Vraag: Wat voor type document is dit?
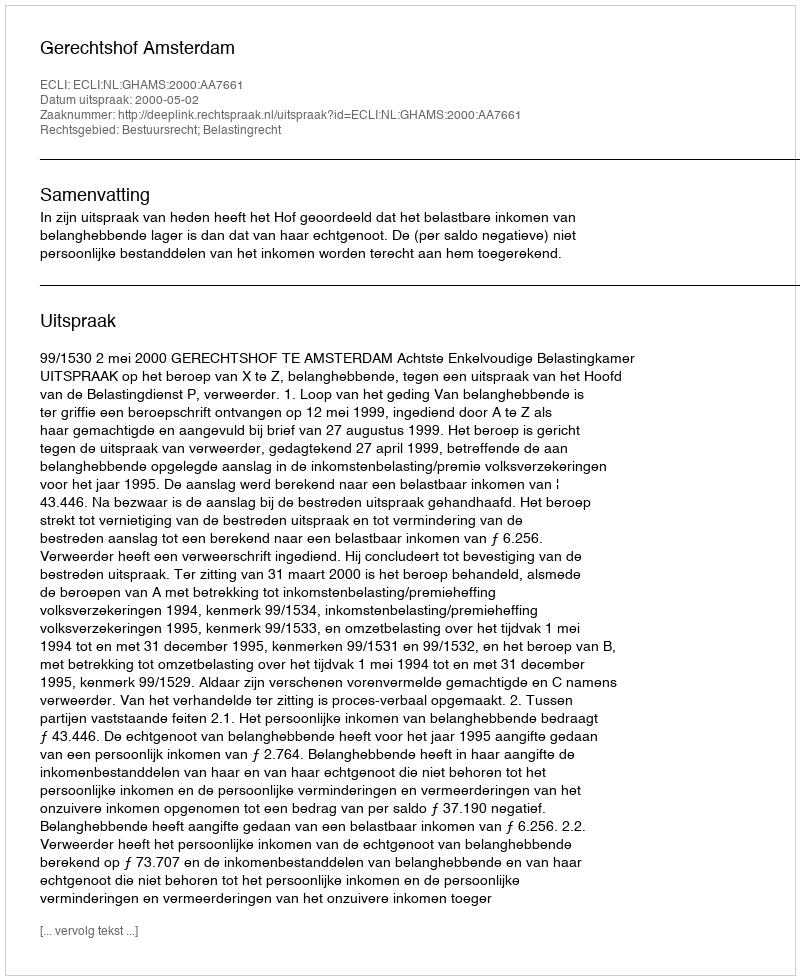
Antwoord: Uitspraak